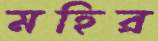
মহির